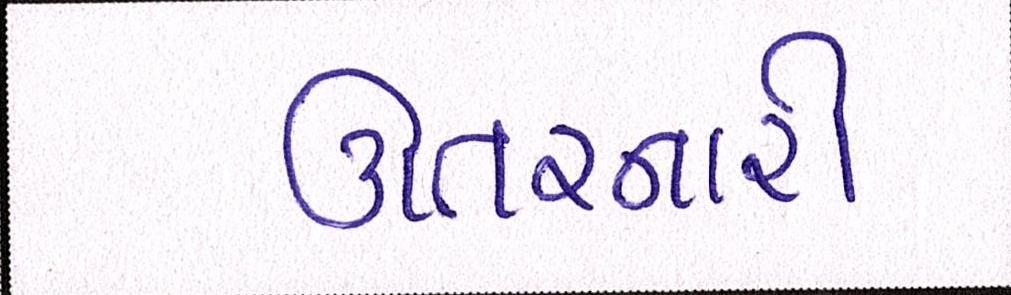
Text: ઊતરનારી